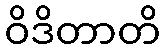
ဝိဒိတာတိ